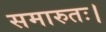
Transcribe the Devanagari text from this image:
समारुतः।